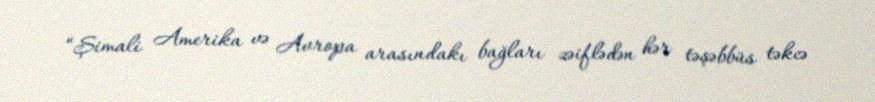
“Şimali Amerika və Avropa arasındakı bağları zəiflədən hər təşəbbüs təkcə